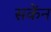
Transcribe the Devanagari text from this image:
सकेंन